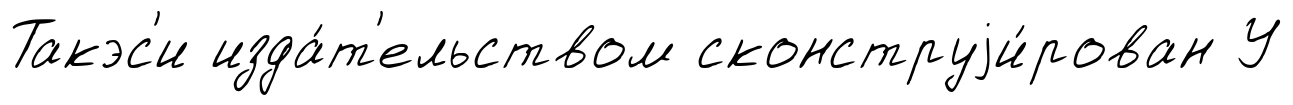
Такэс'и изда́т'ельством сконструjи́рован У